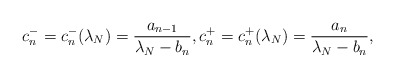
\begin{align*} c_n^- = c_n^-(\lambda_N) = \frac{a_{n-1}}{\lambda_N-b_n}, c_n^+ = c_n^+(\lambda_N) = \frac{a_n}{\lambda_N-b_n}, \end{align*}